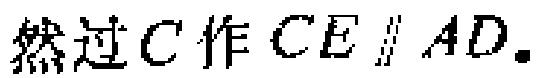
然过\(C\)作\(CE \parallel AD.\)